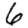
Digit: 6